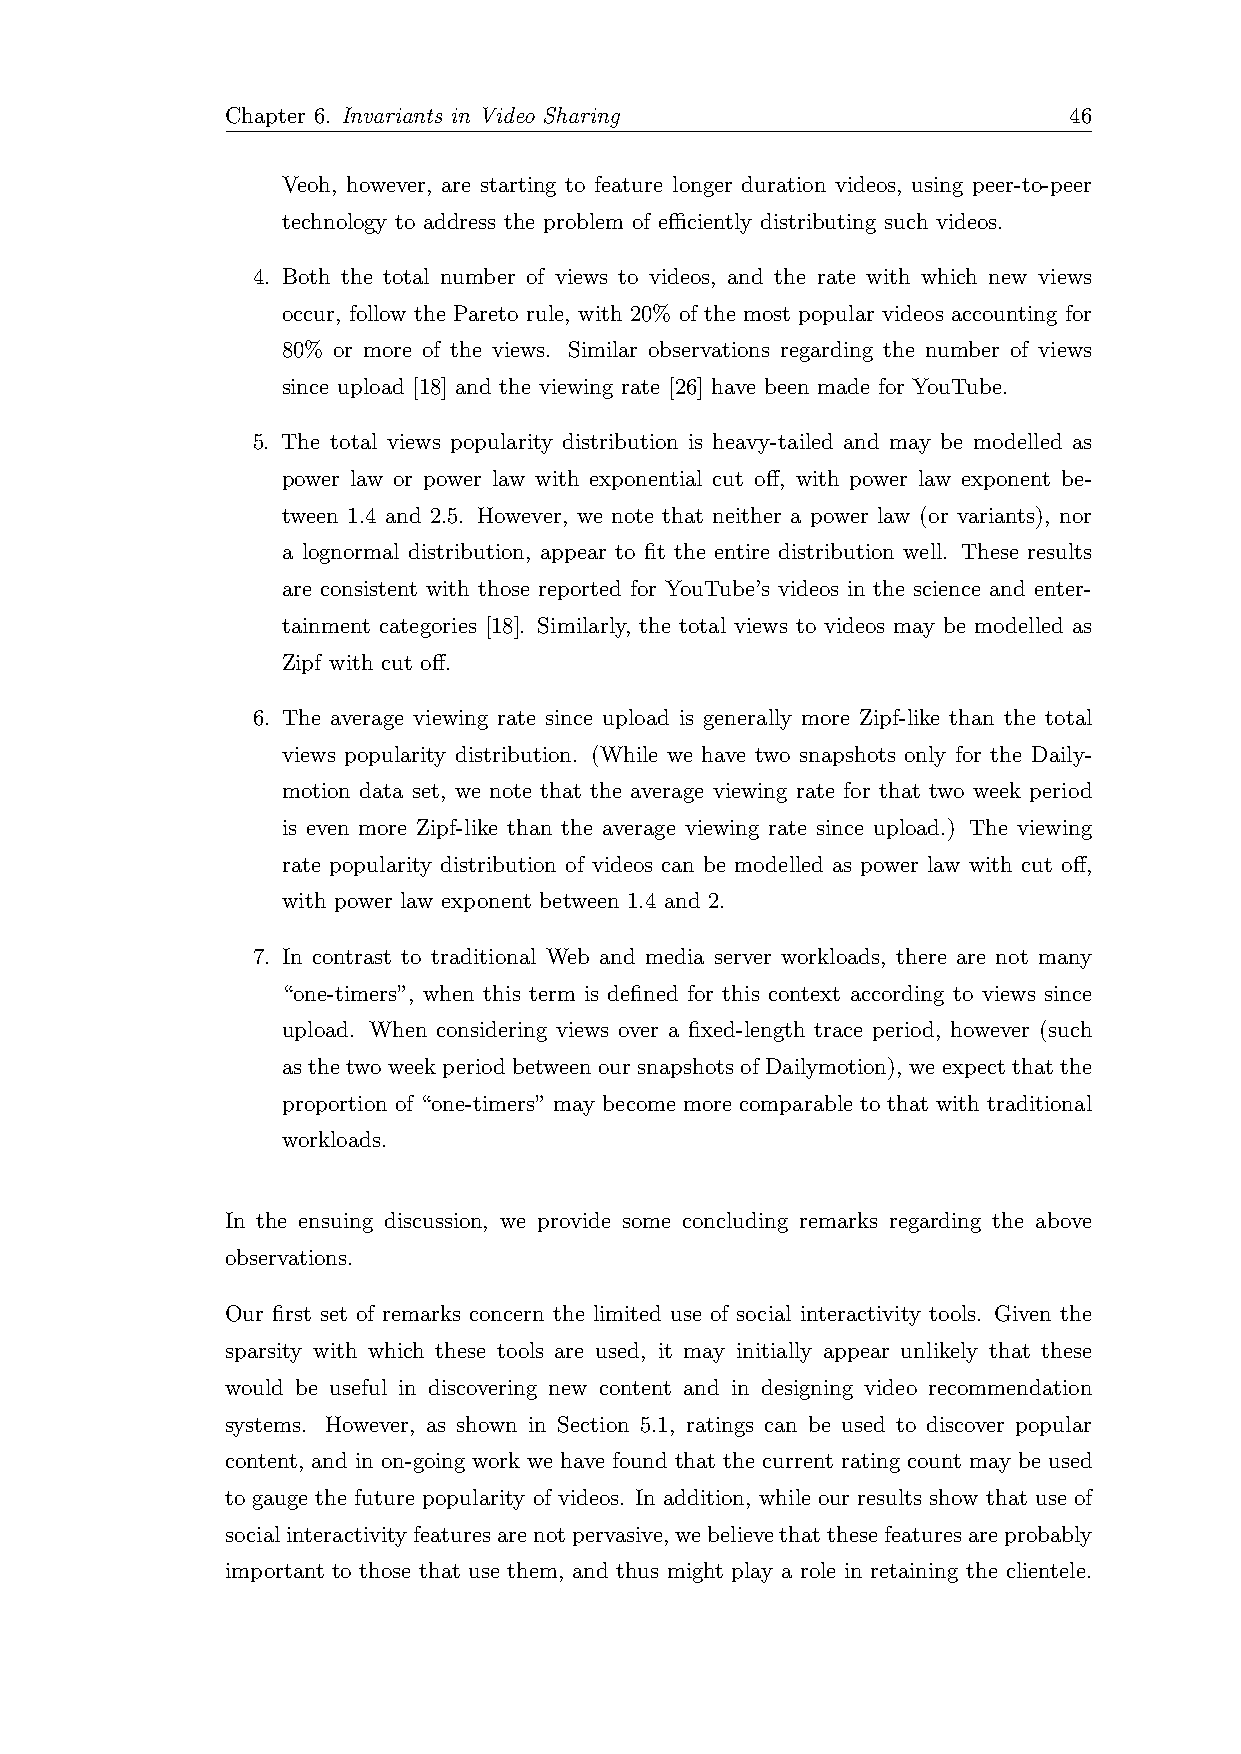
Chapter 6. Invariants in Video Sharing                  46
 Veoh, however, are starting to feature longer duration videos, using peer-to-peer
 technology to address the problem of efficiently distributing such videos.
 4. Both the total number of views to videos, and the rate with which new views
 occur, follow the Pareto rule, with 20% of the most popular videos accounting for
 80% or more of the views. Similar observations regarding the number of views
 since upload [18] and the viewing rate [26] have been made for YouTube.
 5. The total views popularity distribution is heavy-tailed and may be modelled as
 power law or power law with exponential cut off, with power law exponent be-
 tween 1.4 and 2.5. However, we note that neither a power law (or variants), nor
 a lognormal distribution, appear to fit the entire distribution well. These results
 are consistent with those reported for YouTube’s videos in the science and enter-
 tainment categories [18]. Similarly, the total views to videos may be modelled as
 Zipf with cut off.
 6. The average viewing rate since upload is generally more Zipf-like than the total
 views popularity distribution. (While we have two snapshots only for the Daily-
 motion data set, we note that the average viewing rate for that two week period
 is even more Zipf-like than the average viewing rate since upload.) The viewing
 rate popularity distribution of videos can be modelled as power law with cut off,
 with power law exponent between 1.4 and 2.
 7. In contrast to traditional Web and media server workloads, there are not many
 “one-timers”, when this term is defined for this context according to views since
 upload. When considering views over a fixed-length trace period, however (such
 as the two week period between our snapshots of Dailymotion), we expect that the
 proportion of “one-timers” may become more comparable to that with traditional
 workloads.
 In the ensuing discussion, we provide some concluding remarks regarding the above
 observations.
 Our first set of remarks concern the limited use of social interactivity tools. Given the
 sparsity with which these tools are used, it may initially appear unlikely that these
 would be useful in discovering new content and in designing video recommendation
 systems. However, as shown in Section 5.1, ratings can be used to discover popular
 content, and in on-going work we have found that the current rating count may be used
 to gauge the future popularity of videos. In addition, while our results show that use of
 socialinteractivityfeaturesarenotpervasive,webelievethatthesefeaturesareprobably
 important to those that use them, and thus might play a role in retaining the clientele.